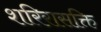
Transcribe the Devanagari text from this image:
शरिरासक्ति